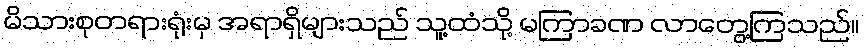
မိသားစုတရားရုံးမှ အရာရှိများသည် သူ့ထံသို့ မကြာခဏ လာတွေ့ကြသည်။